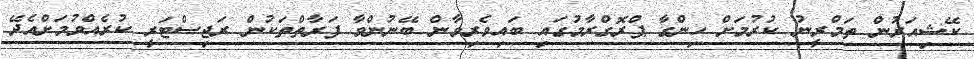
ކޭޝިއަރުން ތަމްރީނު ކުރުމަށް ހިންގާ ޕްރޮގްރާމުގައި ބައިވެރިވާން ބޭނުންވާ ފަރާތްތަކުން ރަޖިސްޓަރީ ކުރެއްވުމަށްއެދޭ